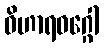
ဝိဟာရဝဂ္ဂေါ